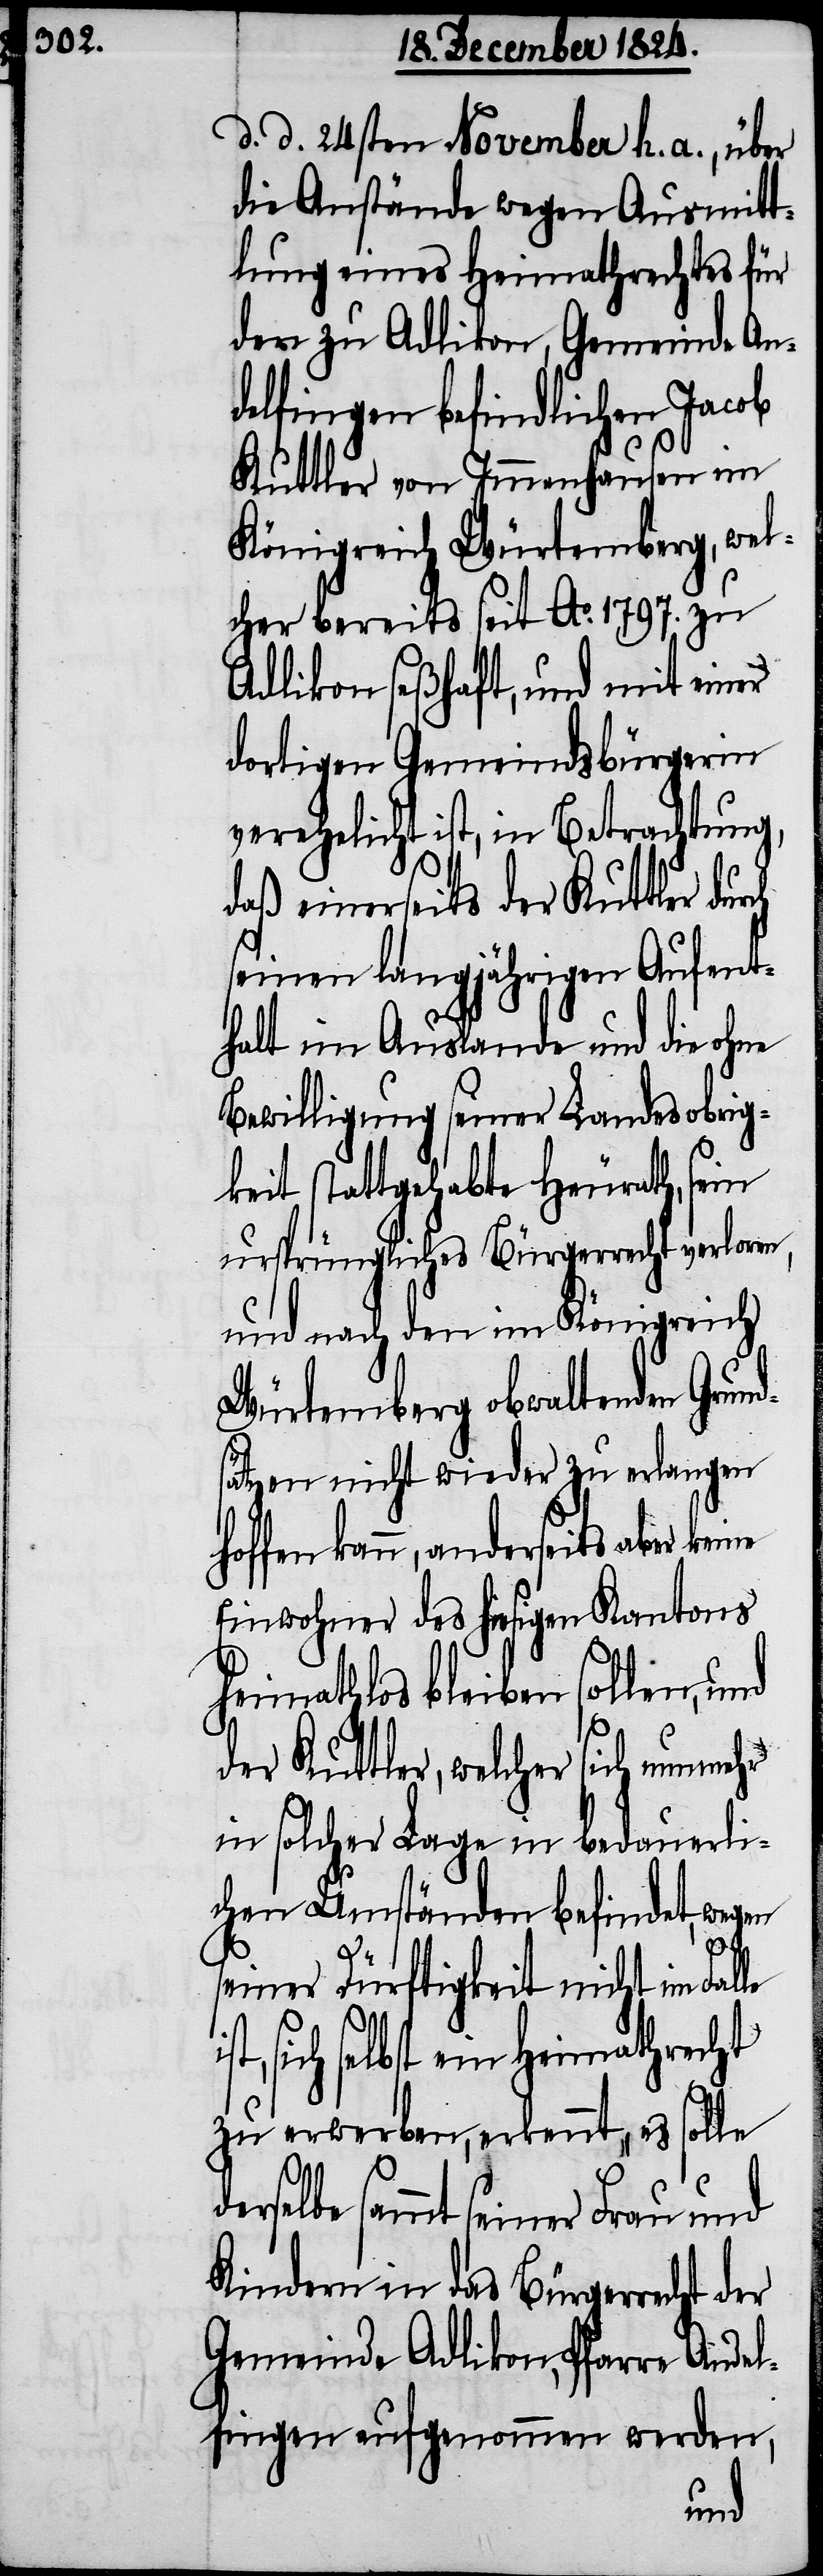
d. d. 24sten November h. a., über
die Anstände wegen Ausmitt¬
lung eines Heimathrechtes für
den zu Adlikon, Gemeinde An¬
delfingen befindlichen Jacob
Kuttler von Immenhausen im
Königreich Würtemberg, wel¬
cher bereits seit Ao. 1797. zu
Adlikon seßhaft, und mit einer
dortigen Gemeindsbürgerin
verehelicht ist, in Betrachtung,
daß einerseits der Kuttler durch
seinen langjährigen Aufent¬
halt im Auslande und die ohne
Bewilligung seiner Landesobrig¬
keit stattgehabte Heurath, sein
ursprüngliches Bürgerrecht verloren,
und nach den im Königreich
Würtemberg obwaltenden Grund¬
sätzen nicht wieder zu erlangen
hoffen kann, anderseits aber keine
Einwohner des hiesigen Kantons
heimathslos bleiben sollen, und
der Kuttler, welcher sich nunmehr
in solcher Lage in bedauerli¬
chen Umständen befindet, we¬
ders¬
seiner Dürftigkeit nicht im Falle
sich selbst ein Heimathrecht
zu erwerben, erkennt, es solle
elbe sammt seiner Frau und
Kindern in das Bürgerrecht der
Gemeinde Adlikon, Pfarre Andel¬
fingen aufgenommen werden,